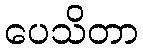
ပေသိတာ